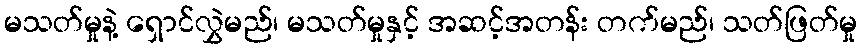
မသတ်မှုနဲ့ ရှောင်လွှဲမည်၊ မသတ်မှုနှင့် အဆင့်အတန်း တက်မည်၊ သတ်ဖြတ်မှု